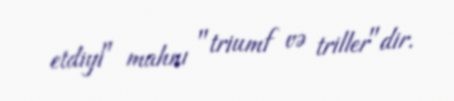
etdiyi" mahnı "triumf və triller"dir.